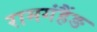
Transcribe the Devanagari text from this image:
रामगंहैंङ